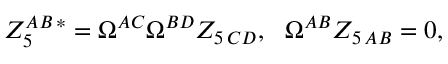
Z _ { 5 } ^ { A B \, * } = \Omega ^ { A C } \Omega ^ { B D } Z _ { 5 \, C D } , \ \ \Omega ^ { A B } Z _ { 5 \, A B } = 0 ,